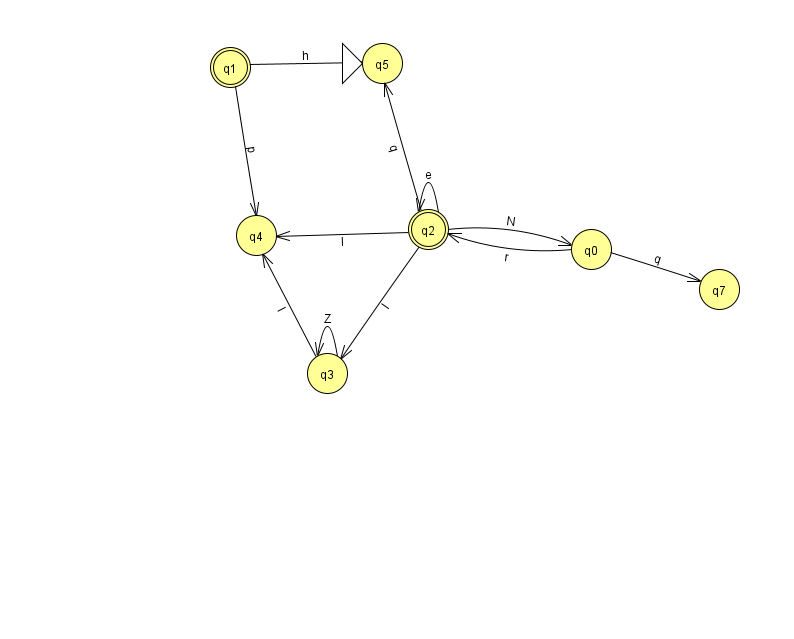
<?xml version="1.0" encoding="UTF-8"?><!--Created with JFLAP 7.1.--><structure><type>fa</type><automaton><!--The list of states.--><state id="0" name="q0"><x>591.0</x><y>236.0</y></state><state id="1" name="q1"><x>230.0</x><y>54.0</y><final/></state><state id="2" name="q2"><x>428.0</x><y>216.0</y><final/></state><state id="3" name="q3"><x>327.0</x><y>360.0</y></state><state id="4" name="q4"><x>256.0</x><y>222.0</y></state><state id="5" name="q5"><x>382.0</x><y>50.0</y><initial/></state><state id="7" name="q7"><x>719.0</x><y>276.0</y></state><!--The list of transitions.--><transition><from>0</from><to>2</to><read>r</read></transition><transition><from>2</from><to>3</to><read>l</read></transition><transition><from>2</from><to>5</to><read>q</read></transition><transition><from>0</from><to>7</to><read>q</read></transition><transition><from>1</from><to>5</to><read>h</read></transition><transition><from>1</from><to>4</to><read>p</read></transition><transition><from>2</from><to>2</to><read>e</read></transition><transition><from>2</from><to>4</to><read>l</read></transition><transition><from>3</from><to>3</to><read>Z</read></transition><transition><from>2</from><to>0</to><read>N</read></transition><transition><from>3</from><to>4</to><read>I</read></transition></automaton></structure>